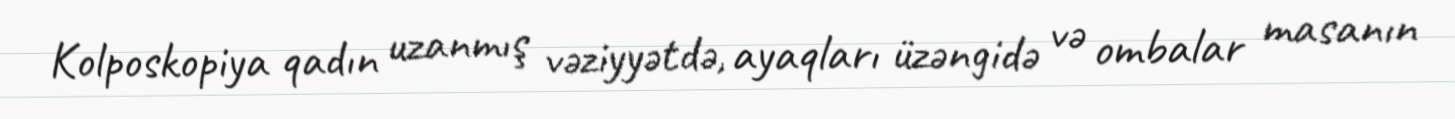
Kolposkopiya qadın uzanmış vəziyyətdə, ayaqları üzəngidə və ombalar masanın